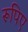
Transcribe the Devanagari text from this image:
रूपिए